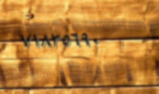
٧١٨٣٥٦٩٠